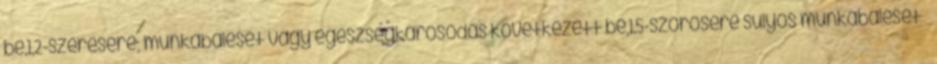
be,1,2-szeresére; munkabaleset vagy egészségkárosodás következett be,1,5-szörösére súlyos munkabaleset –